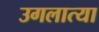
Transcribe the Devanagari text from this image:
उगलात्या